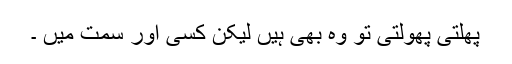
پھلتی پھولتی تو وہ بھی ہیں لیکن کسی اور سمت میں ۔